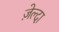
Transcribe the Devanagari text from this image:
ज़ेल्दा